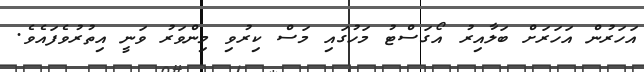
އަހަރުން އަހަރަށް ބަލާއިރު އޯގަސްޓު މަހުގައި މަސް ކިރުވި މިންވަރު ވަނީ އިތުރުވެފައެވެ.